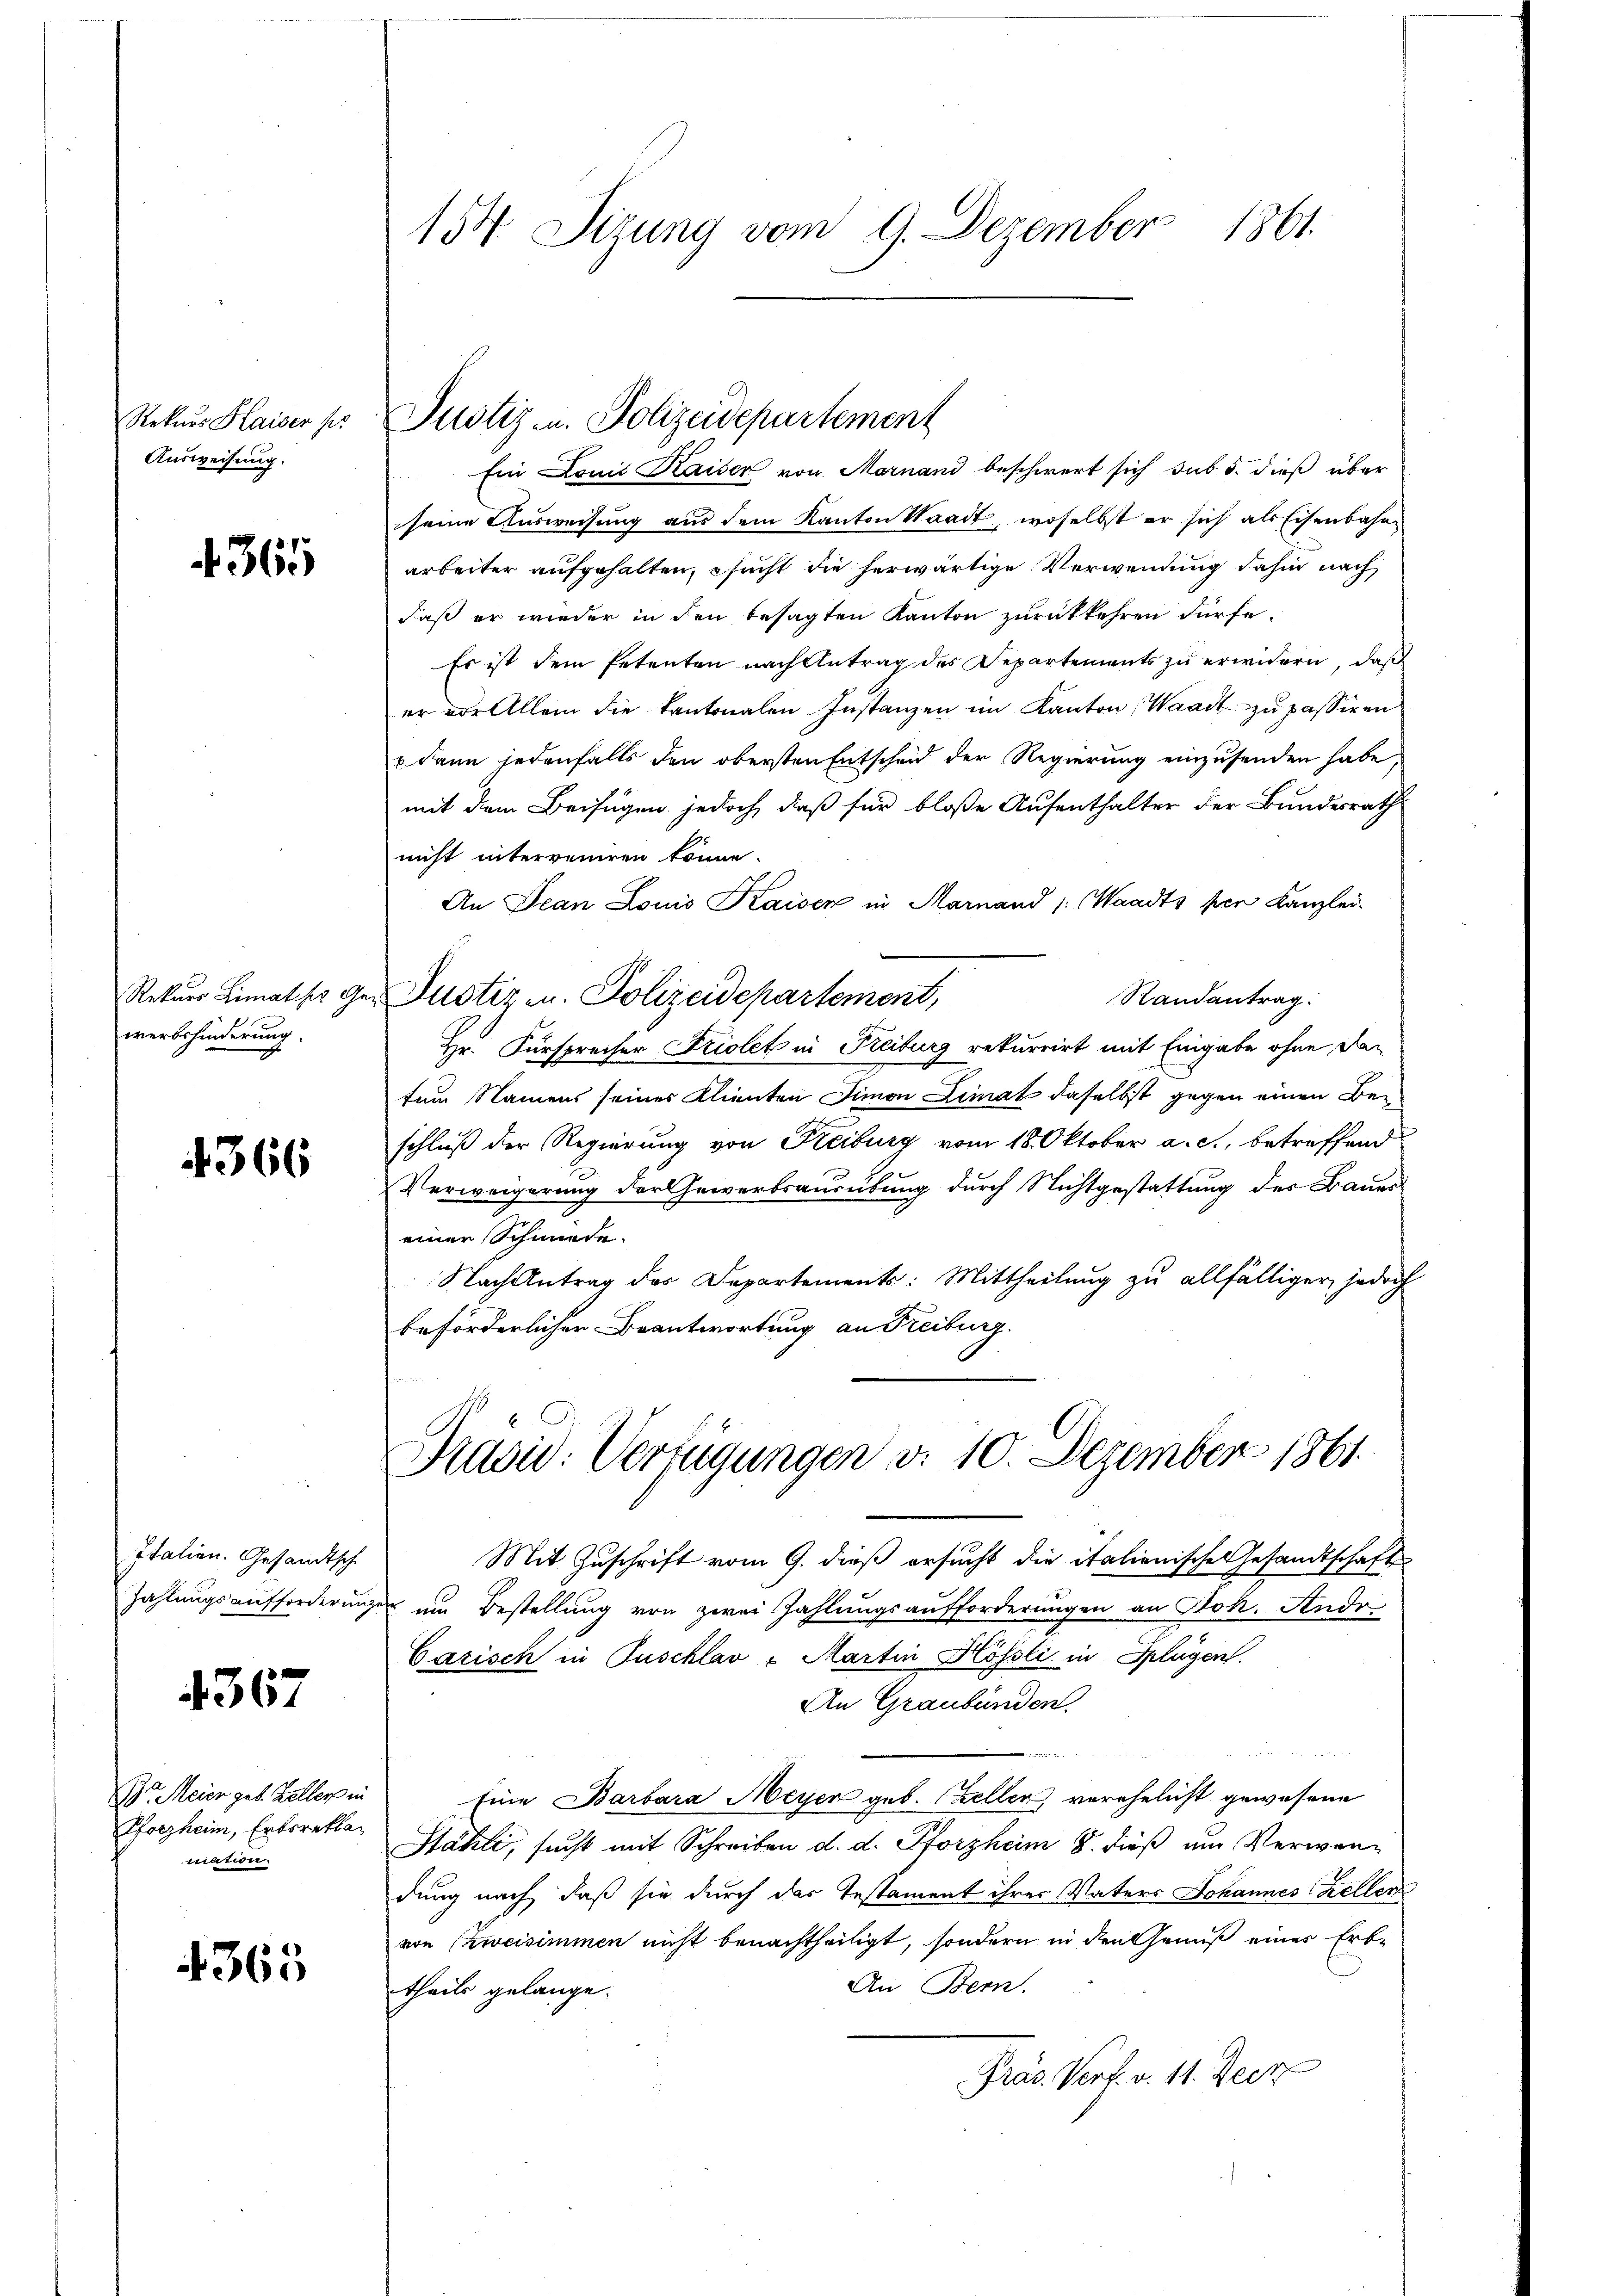
Rekurs Haiser pr
Ausweisung.

4365

Rekurs Limaths g
werbshinderung.

4366

Italien. Gesandtsche
Zahlungsaufforderung

4367

B. Meier geb. Keller in
Pforzheim, Erbsrekla
mation.

365

154. Sizung vom 9. Dezember 1861.

Ein Domit Kaiser von Mornand beschwert sich sub 5. dieß über
seine Ausweisung aus dem Kanton Waadt, woselbst er sich als Eisenbahnarbeiter aufgehalten, sucht die herwärtige Verwendung dahin nach
daß er wieder in den besagten Kanton zurückkehren dürfe.
Es ist dem Petenten nach Antrag des Departements zu erwidern, daß
er vor Allem die Kantonalen Instanzen im Kanton, Waadt zu passiren
u dann jedenfalls den obersten Entscheid der Regierung einzusenden habe,
mit dem Beifügen jedoch, daß für bloße Aufenthalter der Bundesrath
nicht interveniren könne.
An Dean Louis Kaisen in Mainand /: Waadts per Kanzlei-
Randantrag:
Justiz- u. Polizeidepartement,
Hr. Fürsprecher Friolet in Freiburg rekurrirt mit Eingabe ohne dazum Namens seiner Klienten Simon Limat daselbst gegen einen Beschluß der Regierung von Kreiburg vom 18. Oktober a. c., betreffend
Verweigerung der Gewerbsausübung durch Nichtgestattung des Bauer
einer Schiede
Nach Antrag des Departements: Mittheilung zu allfälliger, jedoch
beförderlicher Beantwortung an Freiburg.
Präsid. Verfügungen d. 10. Dezember 1861
Mit Zuschrift vom 9. dieß ersucht die italienische Gesandtschafte
ze um Bestellung von zwei Zahlungsaufforderungen an Stok. Andr
Carisch in Puschlav - Martin-Hössli in Splügen.
An Graubünden.
Eine Barbara Meyer geb. Cellen, verehelicht gewesene
Stähli, sucht mit Schreiben d. d. Pforzheim 8. dieß um Verwendung nach, daß sie durch das Testament ihrer Vaters Johannes Keller
von zweisimmen nicht benachtheiligt, sondern in den Genuß eines Erbe
An Bern.
theils gelange.
Präs. Verf. v. 11. Jecr

Justiz u. Polizeidepartement